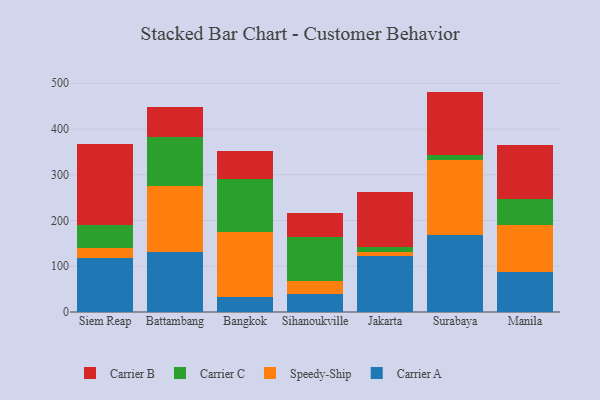
{"axis": {"x": "City", "y": "Tickets Resolved"}, "legend": ["Carrier A", "Carrier B", "Carrier C", "Speedy-Ship"], "data": [{"x": "Siem Reap", "y": 119.1, "type": "Carrier A"}, {"x": "Siem Reap", "y": 20.5, "type": "Speedy-Ship"}, {"x": "Siem Reap", "y": 50.1, "type": "Carrier C"}, {"x": "Siem Reap", "y": 178.3, "type": "Carrier B"}, {"x": "Battambang", "y": 131.1, "type": "Carrier A"}, {"x": "Battambang", "y": 143.7, "type": "Speedy-Ship"}, {"x": "Battambang", "y": 108.1, "type": "Carrier C"}, {"x": "Battambang", "y": 65.5, "type": "Carrier B"}, {"x": "Bangkok", "y": 33.5, "type": "Carrier A"}, {"x": "Bangkok", "y": 140.3, "type": "Speedy-Ship"}, {"x": "Bangkok", "y": 117.7, "type": "Carrier C"}, {"x": "Bangkok", "y": 61.3, "type": "Carrier B"}, {"x": "Sihanoukville", "y": 39.8, "type": "Carrier A"}, {"x": "Sihanoukville", "y": 28.6, "type": "Speedy-Ship"}, {"x": "Sihanoukville", "y": 95.5, "type": "Carrier C"}, {"x": "Sihanoukville", "y": 51.9, "type": "Carrier B"}, {"x": "Jakarta", "y": 122.4, "type": "Carrier A"}, {"x": "Jakarta", "y": 8.6, "type": "Speedy-Ship"}, {"x": "Jakarta", "y": 12.1, "type": "Carrier C"}, {"x": "Jakarta", "y": 120.2, "type": "Carrier B"}, {"x": "Surabaya", "y": 169.1, "type": "Carrier A"}, {"x": "Surabaya", "y": 162.7, "type": "Speedy-Ship"}, {"x": "Surabaya", "y": 11.0, "type": "Carrier C"}, {"x": "Surabaya", "y": 139.0, "type": "Carrier B"}, {"x": "Manila", "y": 87.7, "type": "Carrier A"}, {"x": "Manila", "y": 102.1, "type": "Speedy-Ship"}, {"x": "Manila", "y": 57.7, "type": "Carrier C"}, {"x": "Manila", "y": 117.4, "type": "Carrier B"}]}